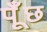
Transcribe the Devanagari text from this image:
पँूछ